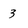
Character: 3